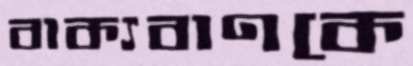
বাক্যবাণকে